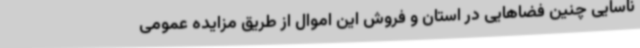
ناسایی چنین فضاهایی در استان و فروش این اموال از طریق مزایده عمومی